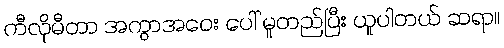
ကီလိုမီတာ အကွာအဝေး ပေါ် မူတည်ပြီး ယူပါတယ် ဆရာ။